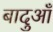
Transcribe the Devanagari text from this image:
बादुआँ